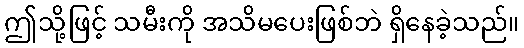
ဤသို့ဖြင့် သမီးကို အသိမပေးဖြစ်ဘဲ ရှိနေခဲ့သည်။